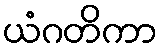
ယံဂတိကာ